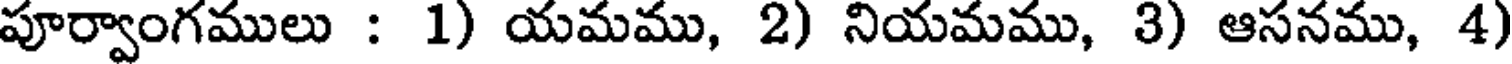
పూర్వాంగములు : 1) యమము, 2) నియమము, 3) ఆసనము, 4)